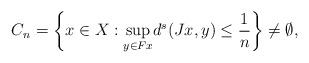
LaTeX: \begin{align*}C_n= \left\lbrace x \in X: \underset{y\in Fx}{\sup} d^s(Jx,y)\leq \frac{1}{n} \right\rbrace \neq\emptyset,\end{align*}